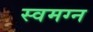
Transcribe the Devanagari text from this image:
स्वमग्न